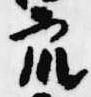
衆